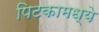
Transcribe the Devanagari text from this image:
पिटकामध्ये